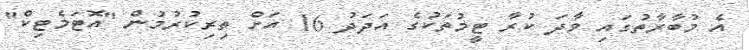
އެ މުބާރާތުގައި ވާދަ ކުރާ ޓީމުތަކުގެ އަދަދު 16 އަށް ތިރިކުރުމުން "އޮޓަމެޓިކް"